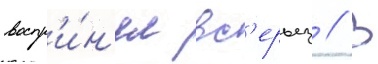
воспр'и́н'ял вс'ерьез // В